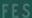
FES